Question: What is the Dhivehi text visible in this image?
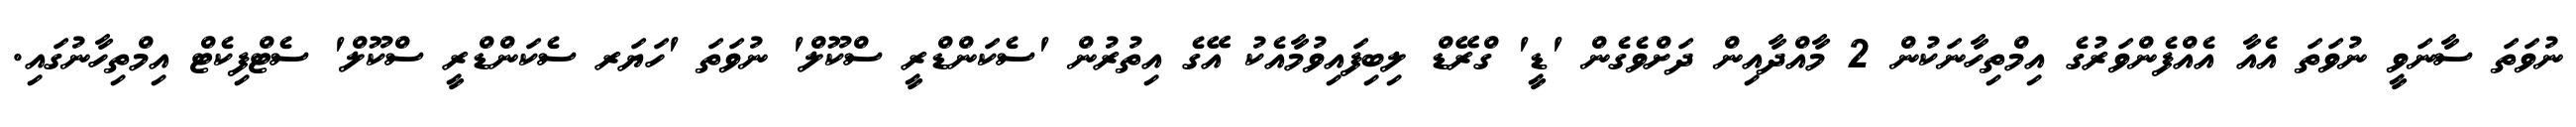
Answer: ނުވަތަ ސާނަވީ ނުވަތަ އެއާ އެއްފެންވަރުގެ އިމްތިހާނަކުން 2 މާއްދާއިން ދަށްވެގެން 'ޑީ' ގްރޭޑް ލިބިފައިވުމާއެކު އޭގެ އިތުރުން 'ސެކަންޑްރީ ސްކޫލް' ނުވަތަ 'ހަޔަރ ސެކަންޑްރީ ސްކޫލް' ސެޓްފިކެޓް އިމްތިހާނުގައި.